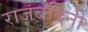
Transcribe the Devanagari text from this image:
राजबंदिनी